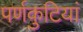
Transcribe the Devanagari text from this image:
पर्णकुटियां